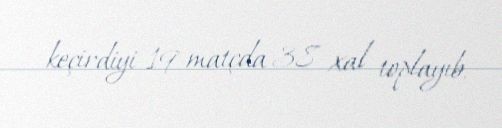
keçirdiyi 19 matçda 38 xal toplayıb.